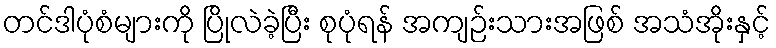
တင်ဒါပုံစံများကို ပြိုလဲခဲ့ပြီး စုပုံရန် အကျဉ်းသားအဖြစ် အသံအိုးနှင့်